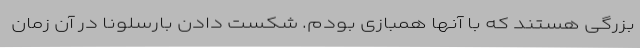
بزرگی هستند که با آنها همبازی بودم. شکست دادن بارسلونا در آن زمان